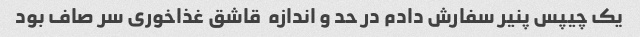
یک چیپس پنیر سفارش دادم در حد و اندازه  قاشق غذاخوری سر صاف بود